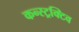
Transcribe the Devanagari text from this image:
कन्स्ट्रक्टिव